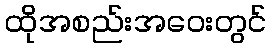
ထိုအစည်းအဝေးတွင်